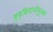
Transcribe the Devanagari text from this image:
बुद्धिमानीपूर्वक